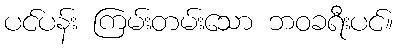
ပင်ပန်း ကြမ်းတမ်းသော ဘဝခရီးပင်။